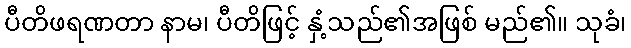
ပီတိဖရဏတာ နာမ၊ ပီတိဖြင့် နှံ့သည်၏အဖြစ် မည်၏။ သုခံ၊